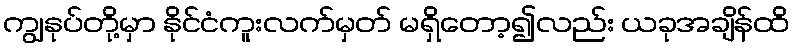
ကျွနုပ်တို့မှာ နိုင်ငံကူးလက်မှတ် မရှိတော့၍လည်း ယခုအချိန်ထိ